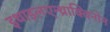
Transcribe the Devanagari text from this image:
इथाइलएन्थ्राक्विनोन